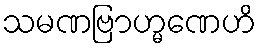
သမဏဗြာဟ္မဏေဟိ